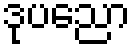
ဒုပညော